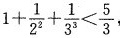
$$1 + \frac { 1 } { 2 ^ { 2 } } + \frac { 1 } { 3 ^ { 3 } } < \frac { 5 } { 3 }$$ ，